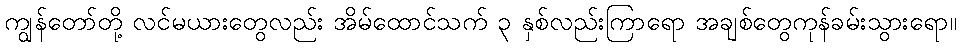
ကျွန်တော်တို့ လင်မယားတွေလည်း အိမ်ထောင်သက် ၃ နှစ်လည်းကြာရော အချစ်တွေကုန်ခမ်းသွားရော။